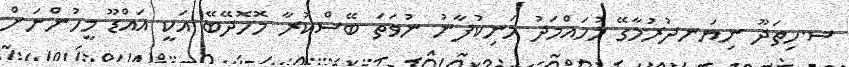
ސ.ހިތަދޫ ނިޔަނދުރުމާގޭ މުހައްމަދު މަނިކުފާނު ނުވަތަ ބޭސްކުރާ މޮހޮދޭބޭ އަކީ އައްޑޫ މީހުންނަށް